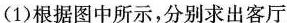
5米厨房(1)根据图中所示，分别求出客厅